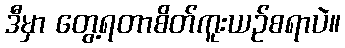
ဒီမှာ တွေ့ရတာစိတ်ကူးယဉ်စရာပဲ။